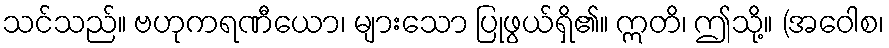
သင်သည်။ ဗဟုကရဏီယော၊ များသော ပြုဖွယ်ရှိ၏။ ဣတိ၊ ဤသို့။ (အဝေါစ၊